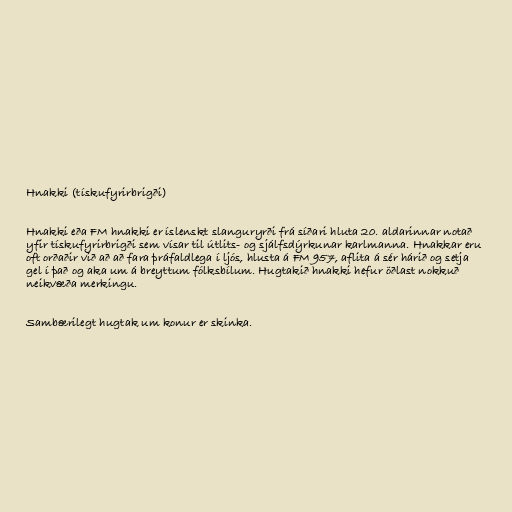
Hnakki (tískufyrirbrigði)

Hnakki eða FM hnakki er íslenskt slanguryrði frá síðari hluta 20. aldarinnar notað
yfir tískufyrirbrigði sem vísar til útlits- og sjálfsdýrkunar karlmanna. Hnakkar eru
oft orðaðir við að að fara þráfaldlega í ljós, hlusta á FM 957, aflita á sér hárið og setja
gel í það og aka um á breyttum fólksbílum. Hugtakið hnakki hefur öðlast nokkuð
neikvæða merkingu.

Sambærilegt hugtak um konur er skinka.